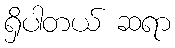
ရှိပါတယ် ဆရာ